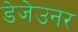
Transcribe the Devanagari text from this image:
डेजेउनर